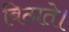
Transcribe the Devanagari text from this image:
बिठाते।